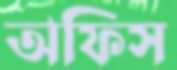
অফিস